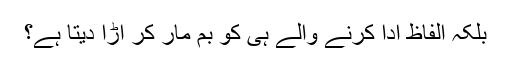
بلکہ الفاظ ادا کرنے والے ہی کو بم مار کر اُڑا دیتا ہے؟